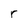
Character: r